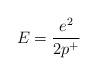
\begin{align*}E = \frac{e^2}{ 2p^+} \end{align*}